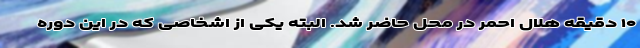
۱۰ دقیقه هلال احمر در محل حاضر شد. البته یکی از اشخاصی که در این دوره